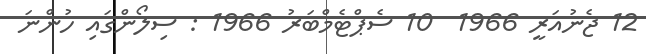
12 ޖެނުއަރީ 1966  10 ސެޕްޓެމްބަރު 1966 : ސިލޯންގައި ހުންނަ